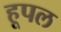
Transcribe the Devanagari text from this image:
हूपल